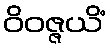
ဝိဝဇ္ဇယိံ